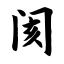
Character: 阂